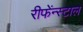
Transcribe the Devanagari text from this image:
रीफेंन्स्टाल